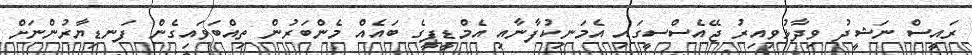
ރައީސް ނަޝީދު ވިދާޅުވިއިރު ޖޭއެސްސީގައި އެމަނިކުފާނާއި އެމްޑީޕީގެ ބައެއް މެންބަރުން ތިއްބަވައިގެން ފަނޑިޔާރުންނަށް